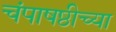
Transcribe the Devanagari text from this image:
चंपाषष्ठीच्या